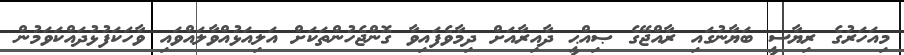
މިއަހަރުގެ ރިޔާސީ ބަޔާނުގައި ރާއްޖޭގެ ޞިއްޙީ ދާއިރާއަށް ދިމާވެފައިވާ ގޮންޖެހުންތަކަށް އަލިއަޅުއްވާލައްވައި ވާހަކަފުޅުދައްކަވަމުން